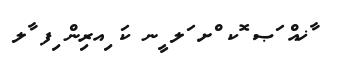
ާޚއް ަޞ ޮކ ްށ ަލ ީނ ކަ ިއރިން ިފ ާލ